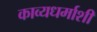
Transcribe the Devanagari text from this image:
काव्यधर्माशी